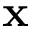
\mathbf { x }